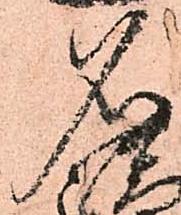
名